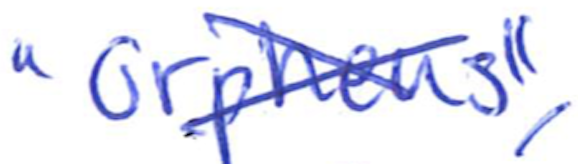
Text: "Orpheus",
Cross-out: cross
Writing tool: ballpoint